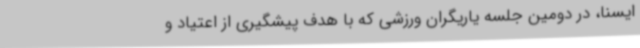
ایسنا، در دومین جلسه یاریگران ورزشی که با هدف پیشگیری از اعتیاد و